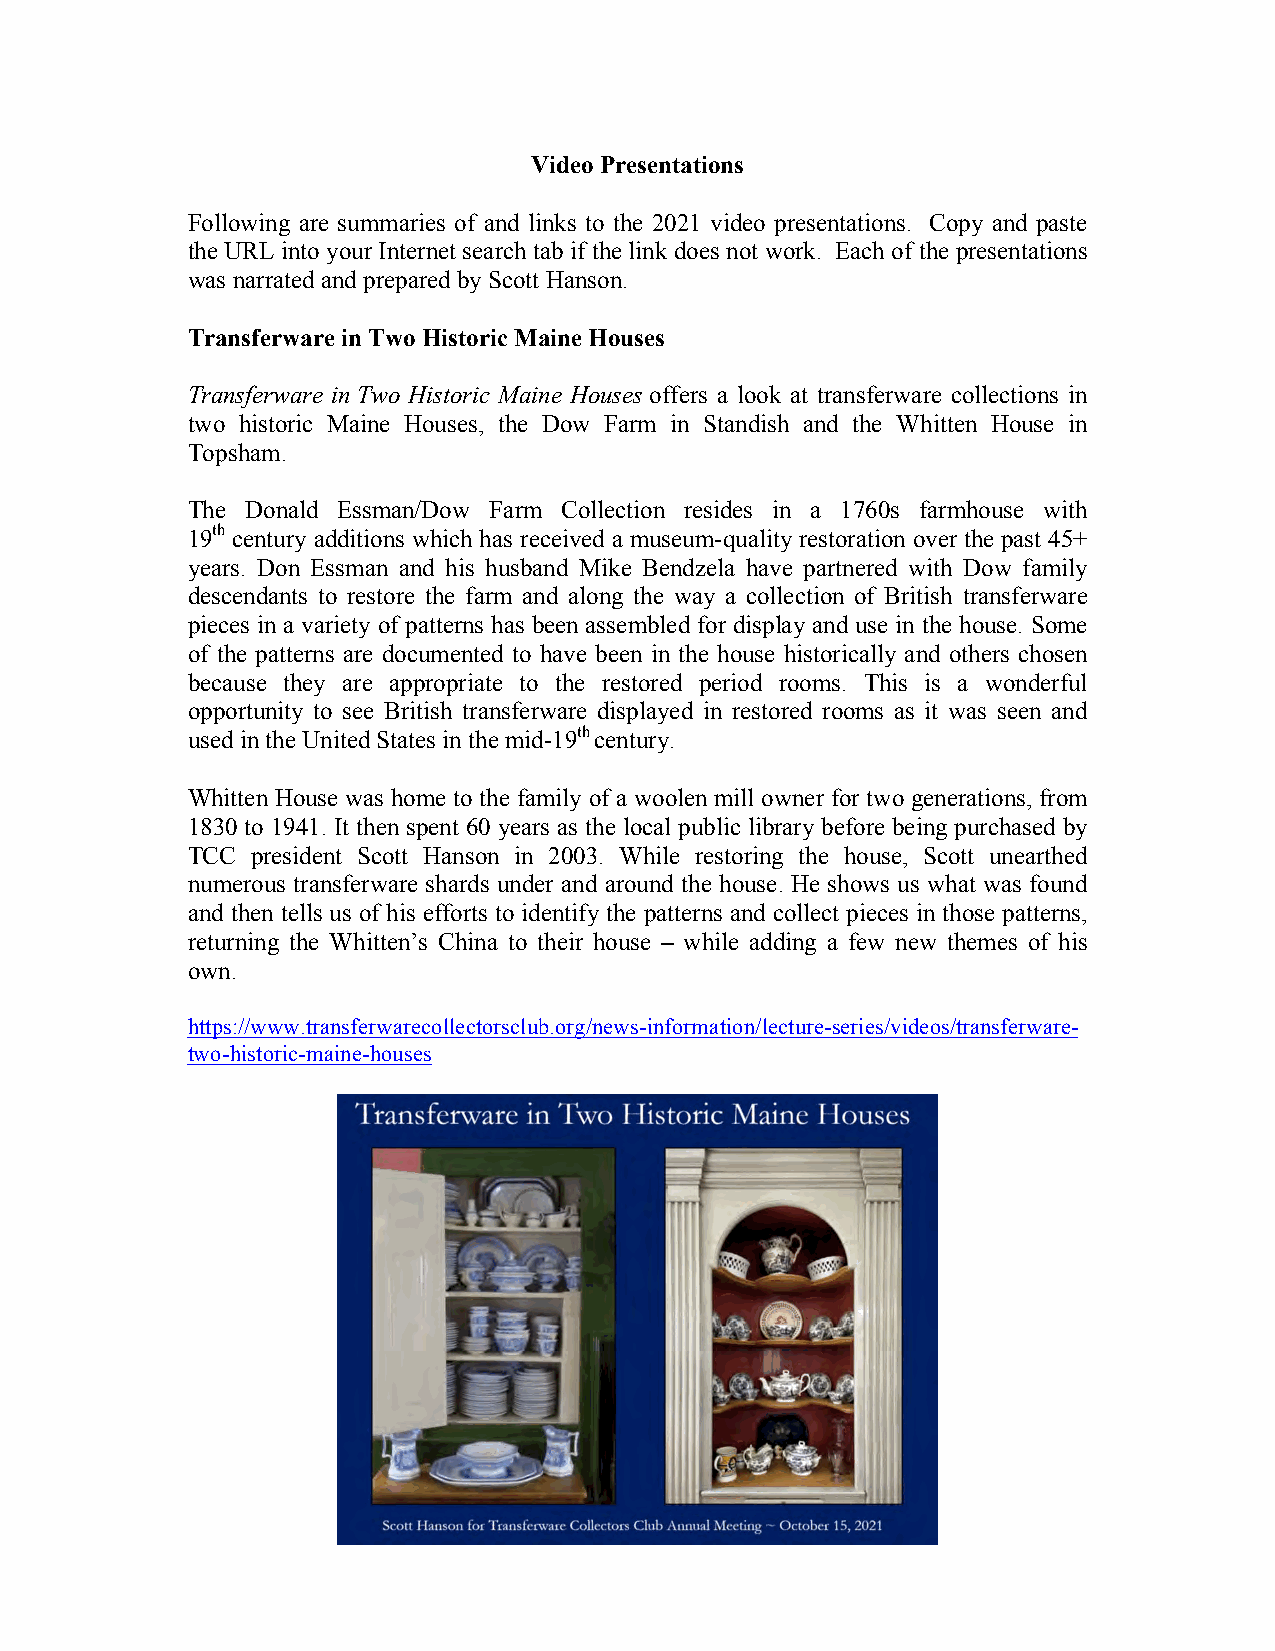
Video Presentations
 Following are summaries of and links to the 2021 video presentations. Copy and paste
 the URL into your Internet search tab if the link does not work. Each of the presentations
 was narrated and prepared by Scott Hanson.
 Transferware in Two Historic Maine Houses
 Transferware in Two Historic Maine Houses offers a look at transferware collections in
 two historic Maine Houses, the Dow Farm in Standish and the Whitten House in
 Topsham.
 The Donald Essman/Dow Farm Collection resides in a 1760s farmhouse with
 19th century additions which has received a museum-quality restoration over the past 45+
 years. Don Essman and his husband Mike Bendzela have partnered with Dow family
 descendants to restore the farm and along the way a collection of British transferware
 pieces in a variety of patterns has been assembled for display and use in the house. Some
 of the patterns are documented to have been in the house historically and others chosen
 because they are appropriate to the restored period rooms. This is a wonderful
 opportunity to see British transferware displayed in restored rooms as it was seen and
 used in the United States in the mid-19th century.
 Whitten House was home to the family of a woolen mill owner for two generations, from
 1830 to 1941. It then spent 60 years as the local public library before being purchased by
 TCC  president Scott Hanson in 2003. While restoring the house, Scott unearthed
 numerous transferware shards under and around the house. He shows us what was found
 and then tells us of his efforts to identify the patterns and collect pieces in those patterns,
 returning the Whitten’s China to their house – while adding a few new themes of his
 own.
 https://www.transferwarecollectorsclub.org/news-information/lecture-series/videos/transferware-
 two-historic-maine-houses